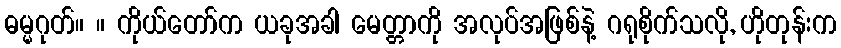
ဓမ္မဂုတ်။ ။ ကိုယ်တော်က ယခုအခါ မေတ္တာကို အလုပ်အဖြစ်နဲ့ ဂရုစိုက်သလို, ဟိုတုန်းက